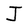
Character: J